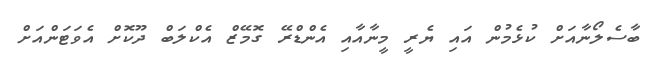
ބާސެލޯނާއަށް ކުޅެމުން އައި ޔެރީ މީނާއާއި އެންޑްރޭ ގޮމޭޒް އެކްލަބް ދޫކޮށް އެވަޓަންއަށް